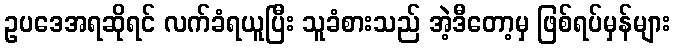
ဥပဒေအရဆိုရင် လက်ခံရယူပြီး သူခံစားသည် အဲ့ဒီတော့မှ ဖြစ်ရပ်မှန်များ